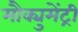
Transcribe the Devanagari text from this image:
मौक्युमेंट्री